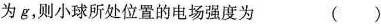
为g，则小球所处位置的电场强度为( )